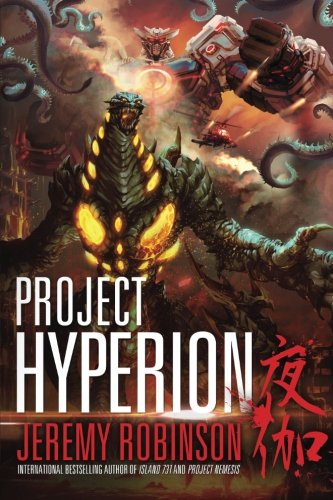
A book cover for Project Hyperion (The Nemesis Saga) (Volume 4); Science Fiction & Fantasy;